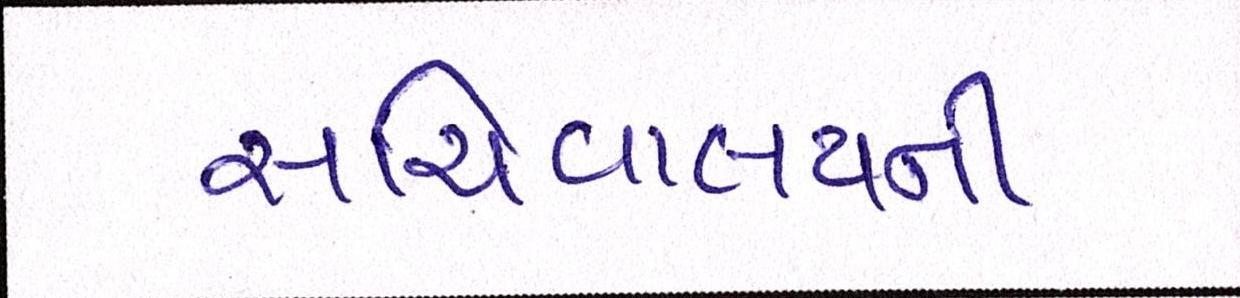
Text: સચિવાલયની